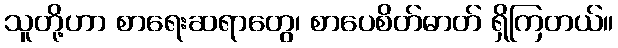
သူတို့ဟာ စာရေးဆရာတွေ၊ စာပေစိတ်ဓာတ် ရှိကြတယ်။